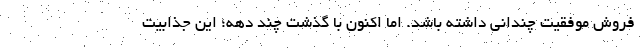
فروش موفقیت چندانی داشته باشد. اما اکنون با گذشت چند دهه؛ این جذابیت